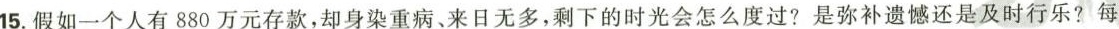
15.假如一个人有880万元存款，却身染重病。来日无多，剩下的时光会怎么度过?是弥补遗憾还是及时行乐?每